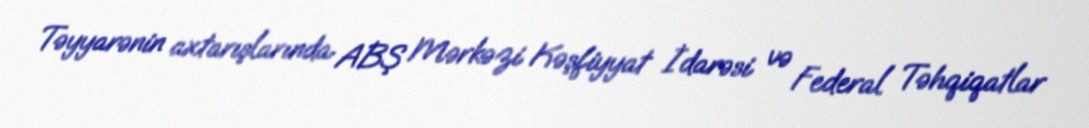
Təyyarənin axtarışlarında ABŞ Mərkəzi Kəşfiyyat İdarəsi və Federal Təhqiqatlar